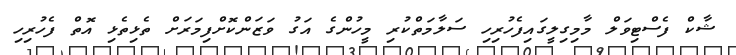
ޝާކް ފެސްޓިވަލް މާމިގިލީގައިފެހުރިހި ސަލާމަތްކުރި މީހުންގެ އަގު ވަޒަންކޮށްފިމަރަށް ތެޅިތެޅި އޮތް ފެހުރިހި